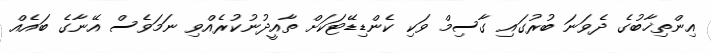
އިންތިޚާބުގެ ދެވަނަ ބުރުގައި ގާސިމް ވަކި ކެންޑިޑޭޓަކަށް ތާއީދުނުކުރެއްވި ނަމަވެސް އޭނާގެ ބައެއް